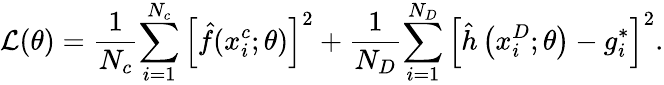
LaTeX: \mathcal{L}(\theta)=\frac{1}{{{N_{c}}}}{\sum_{i=1}^{{N_{c}}}{\left[{\hat{f}(x_{i}^{c};\theta)}\right]}^{2}}+\frac{1}{{{N_{D}}}}{\sum_{i=1}^{{N_{D}}}{\left[{\hat{h}\left({x_{i}^{D};\theta}\right)-g_{i}^{*}}\right]}^{2}}.